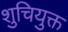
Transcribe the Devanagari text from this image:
शुचियुक्त